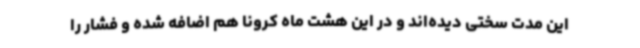
این مدت سختی دیده‌اند و در این هشت ماه کرونا هم اضافه شده و فشار را